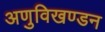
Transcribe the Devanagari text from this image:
अणुविखण्डन